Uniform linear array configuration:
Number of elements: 32
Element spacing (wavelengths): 0.75
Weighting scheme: blackman
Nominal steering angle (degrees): -45
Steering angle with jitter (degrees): -45.146
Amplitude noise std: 0.05
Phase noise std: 0.05

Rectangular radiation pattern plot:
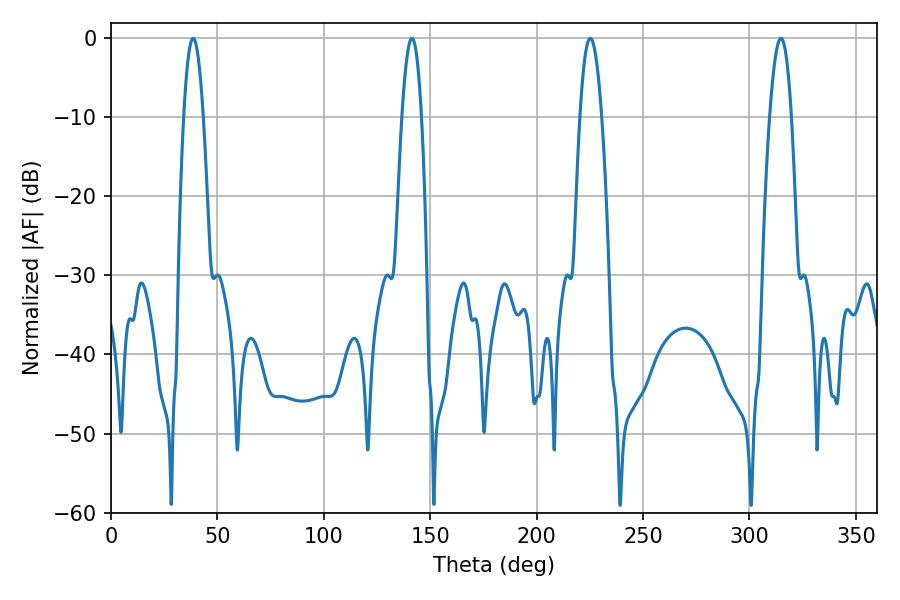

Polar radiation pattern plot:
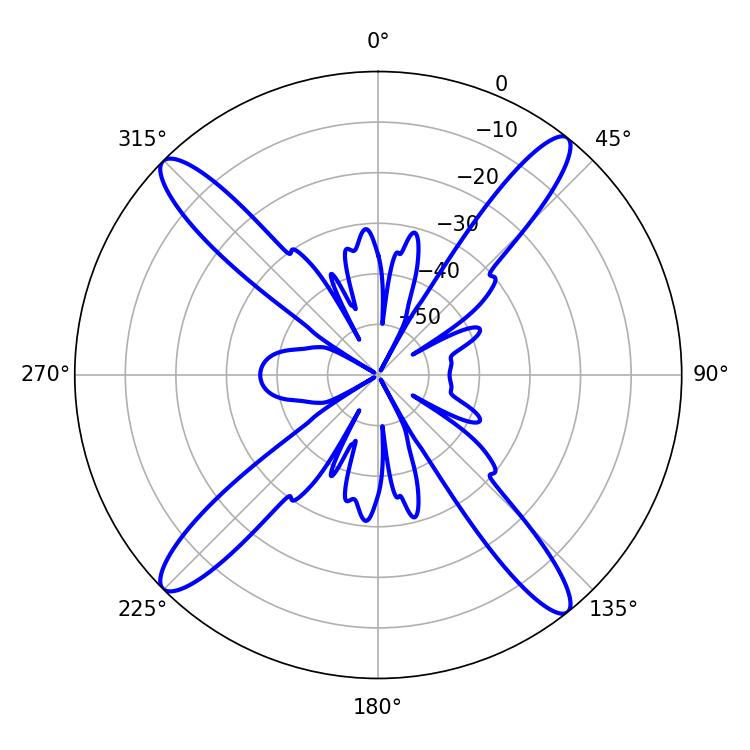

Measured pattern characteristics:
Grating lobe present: TRUE
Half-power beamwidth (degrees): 5.58
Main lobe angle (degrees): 225.18